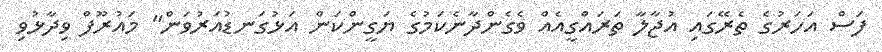
ފަސް އަހަރުގެ ތެރޭގައި އުޖާލާ ތަރައްގީއެއް ވެގެންދާނެކަމުގެ ޔަގީންކަން އަޅުގަނޑުއަރުވަން" މައުރޫފް ވިދާޅުވި